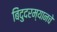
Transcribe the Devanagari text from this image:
बिंदुदरम्यानचे